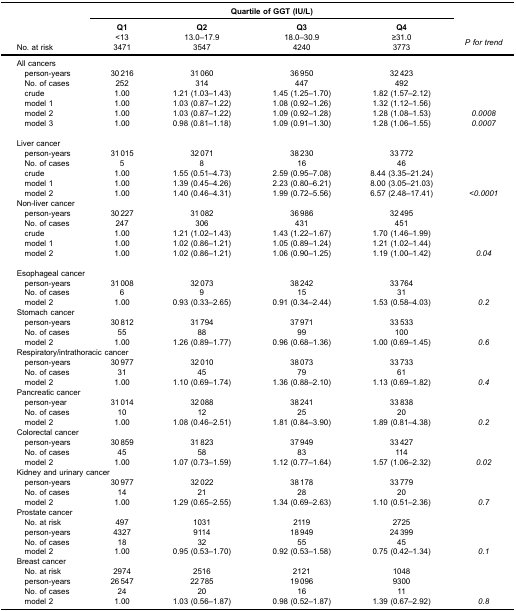
<table><thead><tr><td rowspan="3"><b> </b></td><td colspan="4"><b>Quartile of GGT (IU/L)</b></td><td><b> </b></td></tr><tr><td><b>Q1</b></td><td><b>Q2</b></td><td><b>Q3</b></td><td><b>Q4</b></td><td><b> </b></td></tr><tr><td><b> </b></td><td><b>&lt;13</b></td><td><b>13.0–17.9</b></td><td><b>18.0–30.9</b></td><td><b>≥31.0</b></td><td rowspan="3"><b><i>P for trend</i></b></td></tr><tr><td><b>No. at risk</b></td><td><b>3471</b></td><td><b>3547</b></td><td><b>4240</b></td><td><b>3773</b></td></tr></thead><tbody><tr><td colspan="6">All cancers</td></tr><tr><td> person-years</td><td>30 216</td><td>31 060</td><td>36 950</td><td>32 423</td><td> </td></tr><tr><td> No. of cases</td><td>252</td><td>314</td><td>447</td><td>492</td><td> </td></tr><tr><td> crude</td><td>1.00</td><td>1.21 (1.03–1.43)</td><td>1.45 (1.25–1.70)</td><td>1.82 (1.57–2.12)</td><td> </td></tr><tr><td> model 1</td><td>1.00</td><td>1.03 (0.87–1.22)</td><td>1.08 (0.92–1.26)</td><td>1.32 (1.12–1.56)</td><td> </td></tr><tr><td> model 2</td><td>1.00</td><td>1.03 (0.87–1.22)</td><td>1.09 (0.92–1.28)</td><td>1.28 (1.08–1.53)</td><td><i>0.0008</i></td></tr><tr><td> model 3</td><td>1.00</td><td>0.98 (0.81–1.18)</td><td>1.09 (0.91–1.30)</td><td>1.28 (1.06–1.55)</td><td><i>0.0007</i></td></tr><tr><td colspan="6">Liver cancer</td></tr><tr><td> person-years</td><td>31 015</td><td>32 071</td><td>38 230</td><td>33 772</td><td> </td></tr><tr><td> No. of cases</td><td>5</td><td>8</td><td>16</td><td>46</td><td> </td></tr><tr><td> crude</td><td>1.00</td><td>1.55 (0.51–4.73)</td><td>2.59 (0.95–7.08)</td><td>8.44 (3.35–21.24)</td><td> </td></tr><tr><td> model 1</td><td>1.00</td><td>1.39 (0.45–4.26)</td><td>2.23 (0.80–6.21)</td><td>8.00 (3.05–21.03)</td><td> </td></tr><tr><td> model 2</td><td>1.00</td><td>1.40 (0.46–4.31)</td><td>1.99 (0.72–5.56)</td><td>6.57 (2.48–17.41)</td><td><i>&lt;0.0001</i></td></tr><tr><td colspan="6">Non-liver cancer</td></tr><tr><td> person-years</td><td>30 227</td><td>31 082</td><td>36 986</td><td>32 495</td><td> </td></tr><tr><td> No. of cases</td><td>247</td><td>306</td><td>431</td><td>451</td><td> </td></tr><tr><td> crude</td><td>1.00</td><td>1.21 (1.02–1.43)</td><td>1.43 (1.22–1.67)</td><td>1.70 (1.46–1.99)</td><td> </td></tr><tr><td> model 1</td><td>1.00</td><td>1.02 (0.86–1.21)</td><td>1.05 (0.89–1.24)</td><td>1.21 (1.02–1.44)</td><td> </td></tr><tr><td> model 2</td><td>1.00</td><td>1.02 (0.86–1.21)</td><td>1.06 (0.90–1.25)</td><td>1.19 (1.00–1.42)</td><td><i>0.04</i></td></tr><tr><td colspan="6">Esophageal cancer</td></tr><tr><td> person-years</td><td>31 008</td><td>32 073</td><td>38 242</td><td>33 764</td><td> </td></tr><tr><td> No. of cases</td><td>6</td><td>9</td><td>15</td><td>31</td><td> </td></tr><tr><td> model 2</td><td>1.00</td><td>0.93 (0.33–2.65)</td><td>0.91 (0.34–2.44)</td><td>1.53 (0.58–4.03)</td><td><i>0.2</i></td></tr><tr><td colspan="6">Stomach cancer</td></tr><tr><td> person-years</td><td>30 812</td><td>31 794</td><td>37 971</td><td>33 533</td><td> </td></tr><tr><td> No. of cases</td><td>55</td><td>88</td><td>99</td><td>100</td><td> </td></tr><tr><td> model 2</td><td>1.00</td><td>1.26 (0.89–1.77)</td><td>0.96 (0.68–1.36)</td><td>1.00 (0.69–1.45)</td><td><i>0.6</i></td></tr><tr><td colspan="6">Respiratory/intrathoracic cancer</td></tr><tr><td> person-years</td><td>30 977</td><td>32 010</td><td>38 073</td><td>33 733</td><td> </td></tr><tr><td> No. of cases</td><td>31</td><td>45</td><td>79</td><td>61</td><td> </td></tr><tr><td> model 2</td><td>1.00</td><td>1.10 (0.69–1.74)</td><td>1.36 (0.88–2.10)</td><td>1.13 (0.69–1.82)</td><td><i>0.4</i></td></tr><tr><td colspan="6">Pancreatic cancer</td></tr><tr><td> person-year</td><td>31 014</td><td>32 088</td><td>38 241</td><td>33 838</td><td> </td></tr><tr><td> No. of cases</td><td>10</td><td>12</td><td>25</td><td>20</td><td> </td></tr><tr><td> model 2</td><td>1.00</td><td>1.08 (0.46–2.51)</td><td>1.81 (0.84–3.90)</td><td>1.89 (0.81–4.38)</td><td><i>0.2</i></td></tr><tr><td colspan="6">Colorectal cancer</td></tr><tr><td> person-years</td><td>30 859</td><td>31 823</td><td>37 949</td><td>33 427</td><td> </td></tr><tr><td> No. of cases</td><td>45</td><td>58</td><td>83</td><td>114</td><td> </td></tr><tr><td> model 2</td><td>1.00</td><td>1.07 (0.73–1.59)</td><td>1.12 (0.77–1.64)</td><td>1.57 (1.06–2.32)</td><td><i>0.02</i></td></tr><tr><td colspan="6">Kidney and urinary cancer</td></tr><tr><td> person-years</td><td>30 977</td><td>32 022</td><td>38 178</td><td>33 779</td><td> </td></tr><tr><td> No. of cases</td><td>14</td><td>21</td><td>28</td><td>20</td><td> </td></tr><tr><td> model 2</td><td>1.00</td><td>1.29 (0.65–2.55)</td><td>1.34 (0.69–2.63)</td><td>1.10 (0.51–2.36)</td><td><i>0.7</i></td></tr><tr><td colspan="6">Prostate cancer</td></tr><tr><td> No. at risk</td><td>497</td><td>1031</td><td>2119</td><td>2725</td><td> </td></tr><tr><td> person-years</td><td>4327</td><td>9114</td><td>18 949</td><td>24 399</td><td> </td></tr><tr><td> No. of cases</td><td>18</td><td>32</td><td>55</td><td>45</td><td> </td></tr><tr><td> model 2</td><td>1.00</td><td>0.95 (0.53–1.70)</td><td>0.92 (0.53–1.58)</td><td>0.75 (0.42–1.34)</td><td><i>0.1</i></td></tr><tr><td colspan="6">Breast cancer</td></tr><tr><td> No. at risk</td><td>2974</td><td>2516</td><td>2121</td><td>1048</td><td> </td></tr><tr><td> person-years</td><td>26 547</td><td>22 785</td><td>19 096</td><td>9300</td><td> </td></tr><tr><td> No. of cases</td><td>24</td><td>20</td><td>16</td><td>11</td><td> </td></tr><tr><td> model 2</td><td>1.00</td><td>1.03 (0.56–1.87)</td><td>0.98 (0.52–1.87)</td><td>1.39 (0.67–2.92)</td><td><i>0.8</i></td></tr></tbody></table>